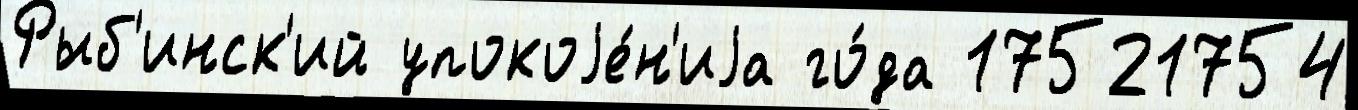
Рыб'инск'ий упокоjе́н'иjа го́да 17521754